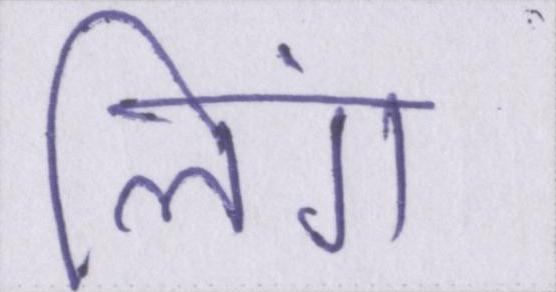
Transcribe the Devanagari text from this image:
लिंग